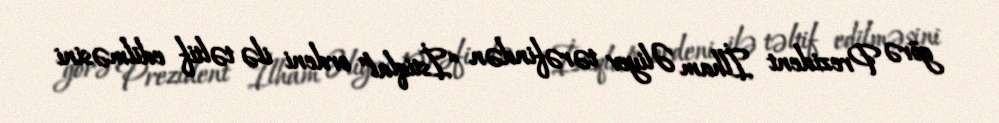
görə Prezident İlham Əliyev tərəfindən “İstiqlal” ordeni ilə təltif edilməsini